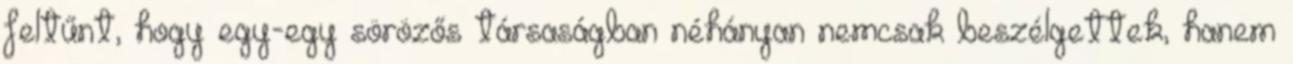
feltűnt, hogy egy-egy sörözős társaságban néhányan nemcsak beszélgettek, hanem